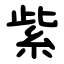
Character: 紫